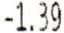
-1.39